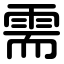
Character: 需